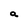
Character: a